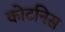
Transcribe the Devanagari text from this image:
कोटनिस